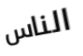
الناس